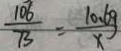
\frac { 1 0 6 } { 7 3 } = \frac { 1 0 . 6 g } { x }